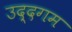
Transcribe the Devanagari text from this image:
उद्दगम